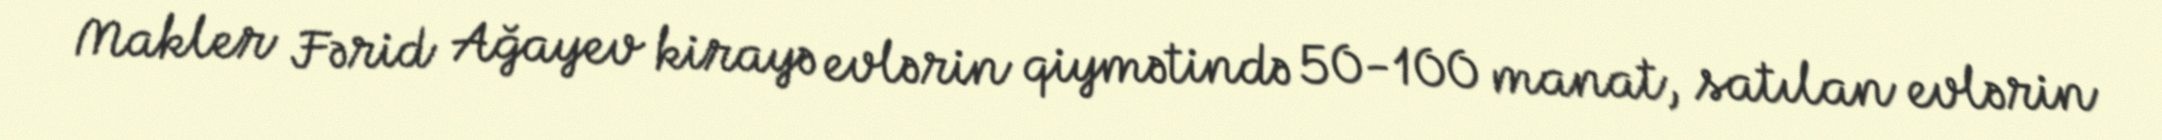
Makler Fərid Ağayev kirayə evlərin qiymətində 50-100 manat, satılan evlərin